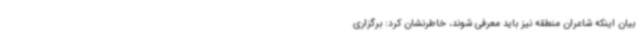
بیان اینکه شاعران منطقه نیز باید معرفی شوند، خاطرنشان کرد: برگزاری